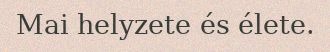
Mai helyzete és élete.